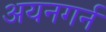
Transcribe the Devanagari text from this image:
अयनगर्न